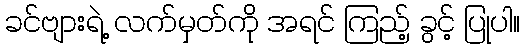
ခင်ဗျားရဲ့ လက်မှတ်ကို အရင် ကြည့် ခွင့် ပြုပါ။